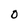
Character: 0